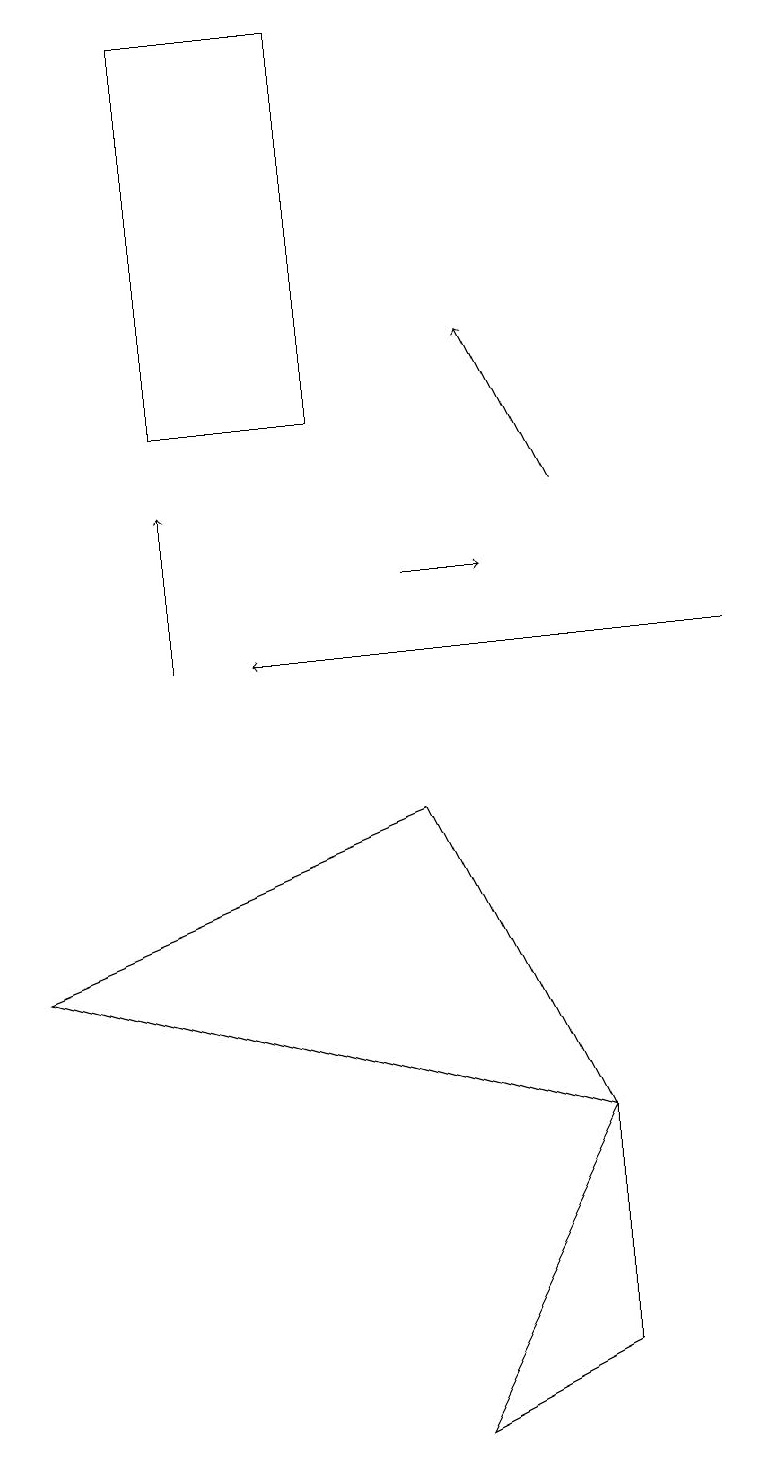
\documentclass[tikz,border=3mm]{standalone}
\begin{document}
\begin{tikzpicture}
\draw (5,8) -- (0,6) -- (7,4) -- cycle;
\draw[->] (7,12) -- (6,14);
\draw (2,18) rectangle (4,13);
\draw[->] (9,10) -- (3,10);
\draw (5,0) -- (7,4) -- (7,1) -- cycle;
\draw[->] (5,11) -- (6,11);
\draw[->] (2,10) -- (2,12);
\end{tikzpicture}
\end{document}